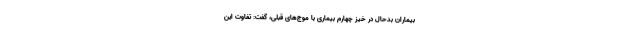
بیماران بدحال در خیز چهارم بیماری با موج‌های قبلی، گفت: تفاوت این